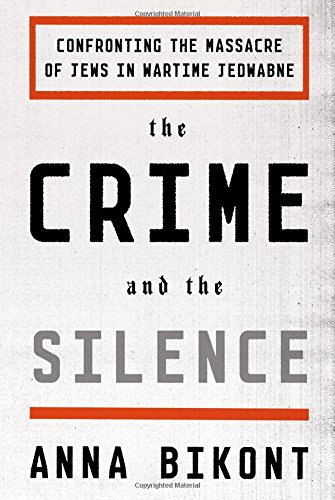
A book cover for The Crime and the Silence: Confronting the Massacre of Jews in Wartime Jedwabne; Anna Bikont; History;